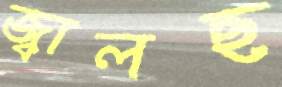
জ্বালছ